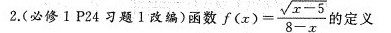
2.(必修1 P24习题1改编)函数f$$f ( x ) = \frac { \sqrt { x - 5 } } { 8 - x }$$ 的定义